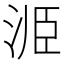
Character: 𭰝